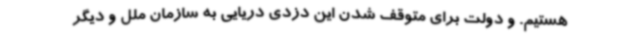
هستیم. و دولت برای متوقف شدن این دزدی دریایی به سازمان ملل و دیگر